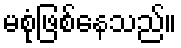
မစုံဖြစ်နေသည်။